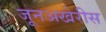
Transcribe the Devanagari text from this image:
जूनअखेरीस